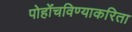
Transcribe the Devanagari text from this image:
पोहोंचविण्याकरिता